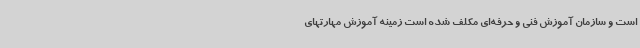
است و سازمان آموزش فنی و حرفه‌ای مکلف شده است زمینه آموزش مهارتهای